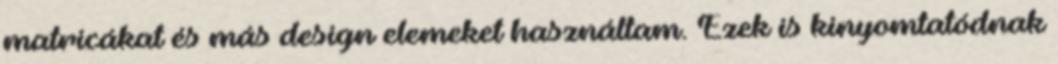
matricákat és más design elemeket használtam. Ezek is kinyomtatódnak